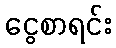
ငွေစာရင်း